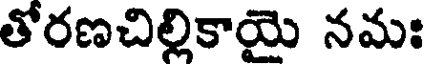
తోరణచిల్లికాయై నమః